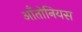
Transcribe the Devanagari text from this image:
आँतोनियस